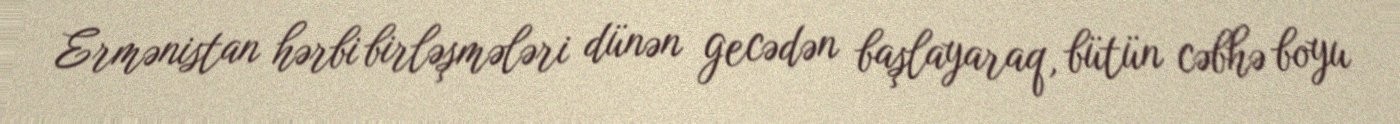
Ermənistan hərbi birləşmələri dünən gecədən başlayaraq, bütün cəbhə boyu